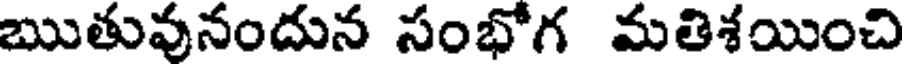
ఋతువునందున సంభోగ మతిశయించి